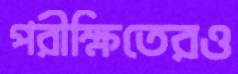
পরীক্ষিতেরও